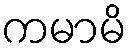
ကမာမိ